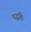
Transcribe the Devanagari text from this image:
पद्धतिः